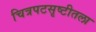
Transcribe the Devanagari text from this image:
चित्रपटसृष्टीतला